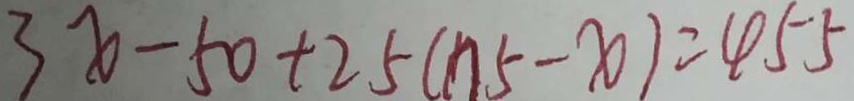
3 x - 5 0 + 2 5 ( n 5 - x ) = 4 5 5